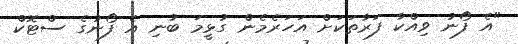
"އެ ފޯނު ވިއްކާ ފަރާތަކަށް އަހަރެމެން ގުޅީމަ ބުނި އެ ފޯނުގެ ސްޓޮކް